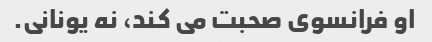
او فرانسوی صحبت می کند، نه یونانی.